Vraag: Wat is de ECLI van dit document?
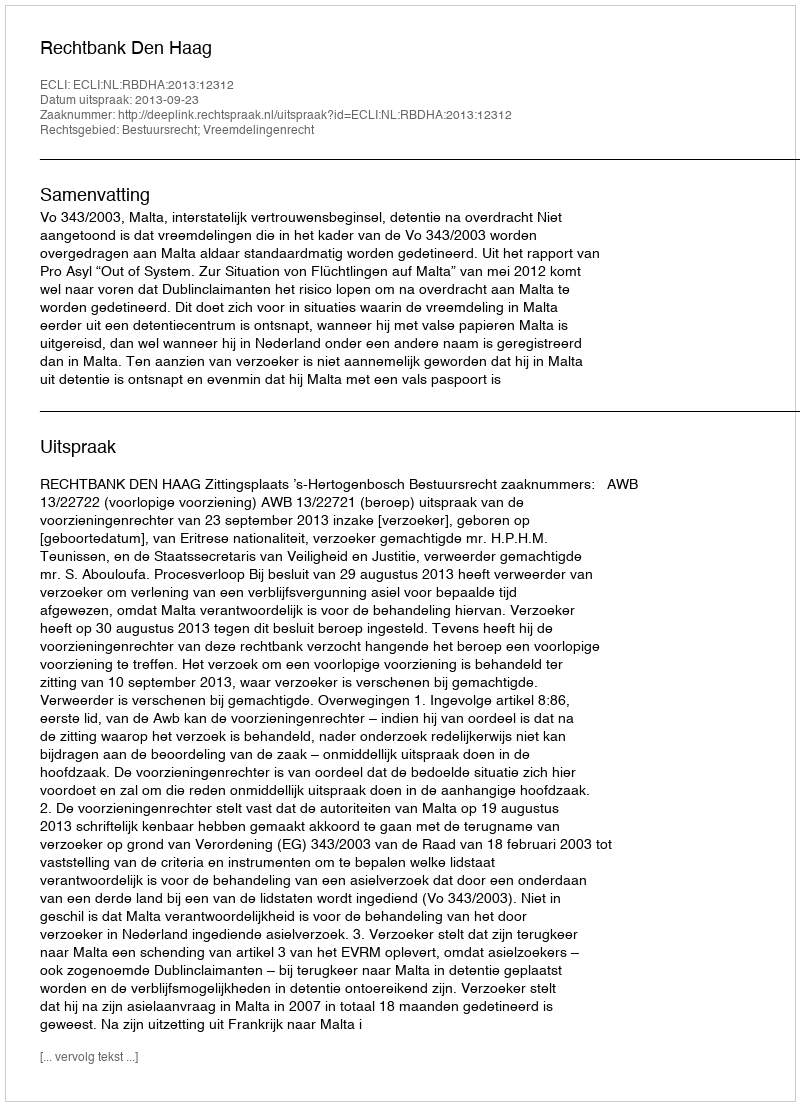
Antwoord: ECLI:NL:RBDHA:2013:12312